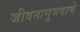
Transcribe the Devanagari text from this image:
जीवनानुभवाचे